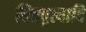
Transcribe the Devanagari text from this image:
चित्तवृत्यादि